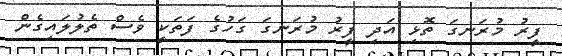
ފީރު މުރަނގަ ތޮޅި އަދި ފީރު މުރަނގަ ގަހުގެ ފަތަކީ ވެސް ތެލުލައިގެން